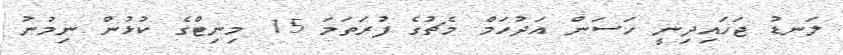
ލަނޑު ޖަހައިދިނީ ހަސަން އަދުހަމް މެޗުގެ ފުރަތަމަ 15 މިނިޓްގެ ކުޅުން ނިމުނު